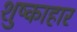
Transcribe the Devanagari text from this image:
शुष्काहार